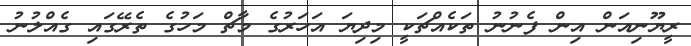
ރީޔޫނިއަން އިން ފެނުނު ތަކެއްޗަކީ މިދިޔަ އަހަރުގެ މާޗް މަހުގެ ތެރޭގައި ގެއްލުނު